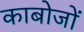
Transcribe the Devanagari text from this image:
काबोजों